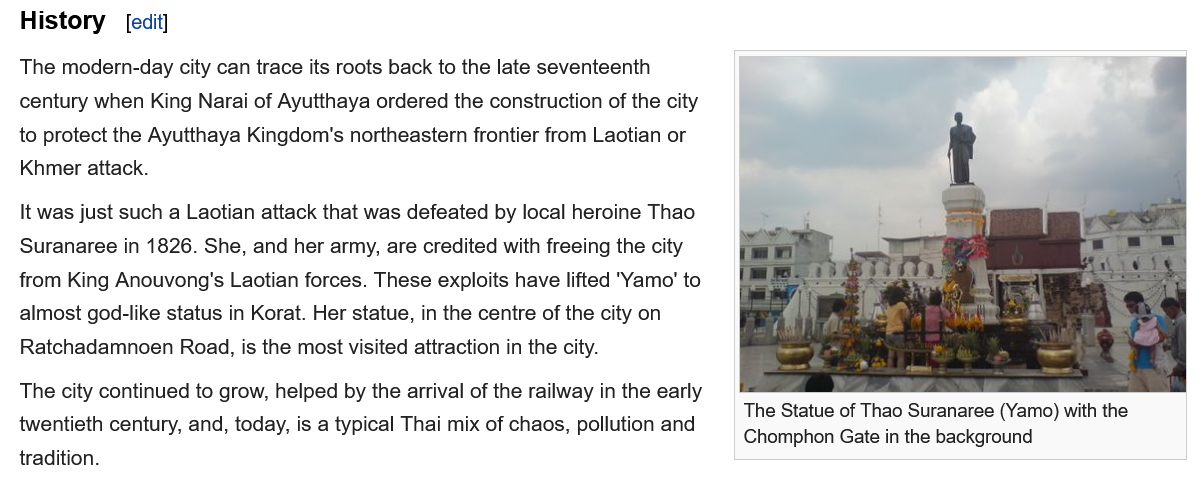
History    edit]
  The modern-day city can trace its roots back to the late seventeenth
  century when King Narai of Ayutthaya ordered the construction of the city
  to protect the Ayutthaya Kingdom's northeastern frontier from Laotian or
  Khmer attack.
  It was just such a Laotian attack that was defeated by local heroine Thao
  Suranaree in 1826. She, and her army, are credited with freeing the city
  from King Anouvong's Laotian forces. These exploits have lifted "Yamo' to
  almost god-like status in Korat. Her statue, in the centre of the city on
  Ratchadamnoen Road, is the most visited attraction in the city.
  The city continued to grow, helped by the arrival of the railway in the early
  twentieth century, and, today, is a typical Thai mix of chaos, pollution and
  tradition.
     The Statue of Thao Suranaree (Yamo) with the
     Chomphon Gate in the background